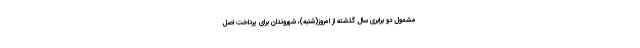
مشمول دو برابری سال گذشته از امروز(شنبه)، شهروندان برای پرداخت اصل